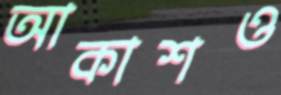
আকাশও